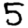
Digit: 5